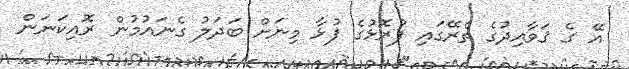
އޭ ގެ ޤަވާއިދުގެ ތެރޭގައި ފުރޮޅުގެ ފުޅާ މިނަށް ބަދަލު ގެނައުމުން ރޮއިކަނަން